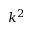
k ^ { 2 }